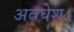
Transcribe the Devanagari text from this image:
अवधेश।